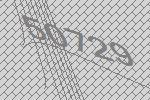
50729